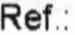
REF. :